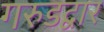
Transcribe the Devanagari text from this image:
गरुडद्वार